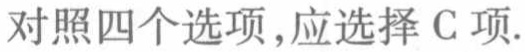
对照四个选项,应选择 C 项.